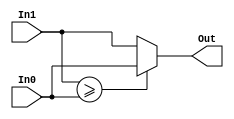
//---------------------------------
// 2 input MIN comparator for HMLF
// Version 1.1
//---------------------------------

module comp2_MIN6_HMLF(In1,In0,Out);

//---------------------------
// In0: input binary code;
// In1: input binary code;
// Out: is the min value;
//---------------------------

input signed  [5:0] In0,In1; // Input data
output signed [5:0] Out;    // Ouput data

assign Out=(In1>=In0) ? In0:In1;

endmodule